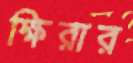
ক্ষিরার